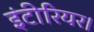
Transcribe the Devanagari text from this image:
इंटीरियर।